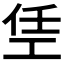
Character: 𫶭